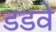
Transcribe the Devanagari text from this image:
डडवे